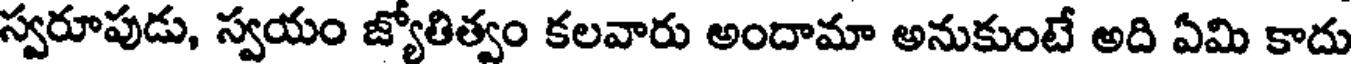
స్వరూపుడు, స్వయం జ్యోతిత్వం కలవారు అందామా అనుకుంటే అది ఏమి కాదు